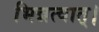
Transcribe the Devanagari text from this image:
भिन्नत्वात्।